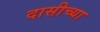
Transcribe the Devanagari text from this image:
दासीच्या